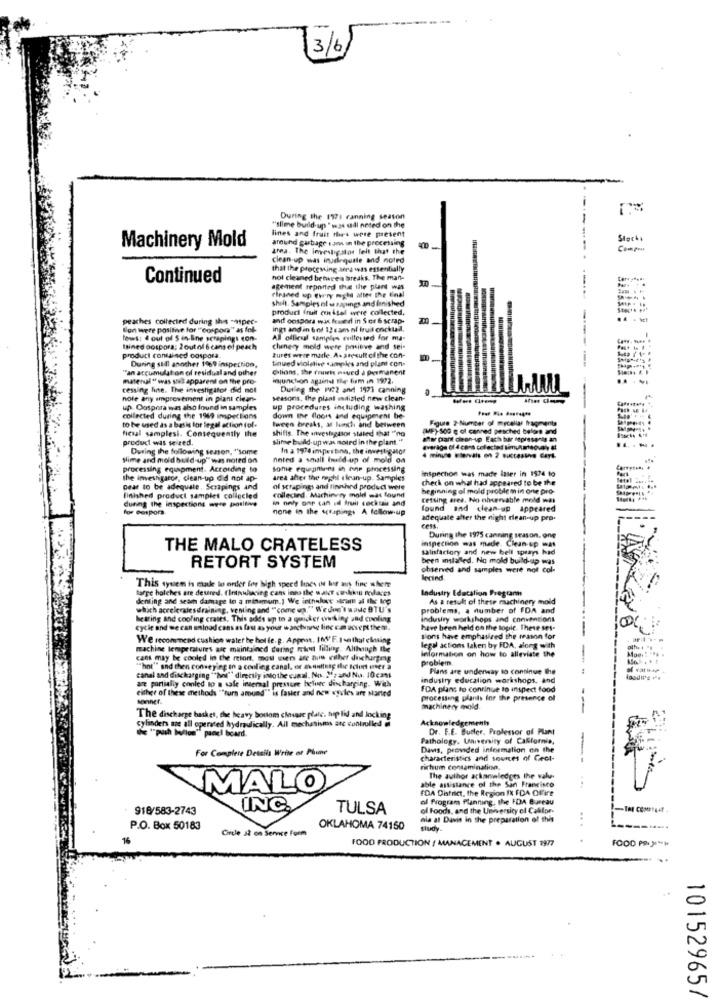
3/6
During the 1971 canning season
"slime build up " was ull noted on the
lines and fruit ters were present
around garbage sam in the processing
Stock
Machinery Mold
area. The investigator lelt that the
Compour
clean-up was inudinquale and notrd
that the processing sera was essentially
Continued
nol cleaned between breaks. The man-
agement reported the the plant was
riesned op Curry mgha after the Enal
shift. Samples of u sayings and finished
product fruit erektal were collected,
peaches collected during thus -espec-
and oospora was freed in Sor 6 scrap-
Son were positive for ""oospora" as fok
ings and in 6of 1! cam ní fruit onckud,
lows: 4 out of 5 in-line scrapingt con-
All officus samples colferted for ma-
tained oospora; 2 out of 6 cans el peach
chenery mold were prieve and sei-
tures were marle. A. aresult of the con-
product contained cospora.
During still another 1969 inspection,
tinued violelive samples and plant con-
"an accumulation of residual and other
Chlions, the fouris mued à permanent
materi" was stal apparent on the pro-
mjunction against the firm in 1972.
cessing fine. The investigator did not
Dutleg the w22 and 1973 canning
hole any improvement in plant clean-
seasons, the plant undtiated new clean-
up. Oospora was also found in samples
up procedures including washing
collected during the 1949 inspections
to be used as a basis for legal action fol-
tween breaks, al lunch and between
down the floors and equipment be-
Figure 2-Numper of mycallas fragmenty
ficaal samplesi. Consequently the
shifts. The investigator stated that ""no
(MP)- 500 g ol canned pesched before and
product was seized.
slime build-up was noted in the plant."
after pant clean-up Each bar Mtpresents an
During the following tenen, "some
In a 1974 impertinn, the investigator
average of 4 cans collected simulasove, at
slime and mold build-up" was noted on
noted a small build-up of mold on
processing equipment. According to
some equipouns in one processing
inspechon was made inser in 1574 to
-
the investigator, clean-up did not ap-
area aher the nephil clean-up. Samples
check on what had appeared to be the
pear to be adequale, Scrapings and
of scrapings and tinehrd product were
beginning of mold problem in one pro-
finished product samples collecled
during the inspections were positive
in only one can id fruit cocksals and
collected. Machinery mold was found
cessing ares. No nhservable mold was
for Gespora.
none in the scraping. A follow-up
found and clean-up appeared
adequate after the night clean-up pro-
ces.
inspection was made. Clean-up was
During the 1975 canning season, one
THE MALO CRATELESS
satisfactory and new bell sprays had
been installed. No mold build-up was
RETORT SYSTEM
observed and samples were not col-
lecind.
This system is male to order for high speed lines IN ler ans fine where
Borge halches are deured. (Intnulcing cans into the salt cu-kku Polaces
Industry Education Pregtan
denting and seach damage In a minimum.) We intheky strut al the top
As a result of these machinery mold
which acceleralesdraining, venting and ""come up. "" Weune't wade BTU's
problems, a number of FDA and
betting and cooling crates, This adds up to a quicker wwwking and cooling
industry workshops and conventions
cycle and wecan eninad cons as fast as your u anchove linc com ucvept theme.
have been held on the lople. These ses-
We recommend cushion water be hol le. g. Appris. 164'F.Isethat elusing
sions have emphasized the mason for
machine temperatures are maintained during rokut filling. Although the
information on how to alleviate the
legal actions taken by FDA, along with
cans may be cooled in the riort, most even are aus vilher dischargeg
problem
""hot" and then conveying on a cooling canal, or mentteig the olen ver à
Plans are underway to continue the
canal and discharging ""hol"" directly intothe sunal. No. 3 and Nu. 10cm
are partially conled to a safe internal pressure before discharging. With
industry educalion workshops, and
either of these methods ""turn around" is faster and new cycles ure Marted
FDA plans to continue to inspect food
sonner.
processing plants for the presence of
machinery mold
The discharge basket, the heavy bottom classe plalc, tup lid and locking
cylinders me all operated hydraulically. All mechanisms arc controlled
Acknowledgements
Dr. E.E. Butter, Professor of Plant
Pathology, University of Caffornis,
For Complete Details Write on Phone
Davis, provided information on the
characteristics and sources of Cect-
richum contamination.
The author arkanwledges the value
MALO
able assistance of the San Francisco
fDA District, the Region IX FDA Offire
of Program Planning, the FDA Bureau
916/583-2743
INC.
TULSA
of Foods, and the University of Casfor-
nia at Davis in the preparation of this
.. .
P.O. Box 50183
Crele JI on Sernce Form
OKLAHOMA 74150
study.
FOOD PRODUCTION / MANAGEMENT . AUGUST 1977
10152965/